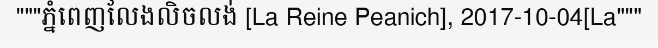
"""ភ្នំពេញលែងលិចលង់ [La Reine Peanich], 2017-10-04[La"""